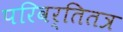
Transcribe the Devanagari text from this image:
परिवर्तितत्र